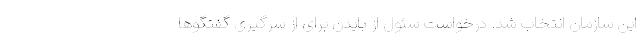
این سازمان انتخاب شد. درخواست سئول از بایدن برای از سرگیری گفتگوها